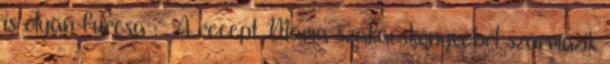
is olyan furcsa :- A recept Mama szakácskönyvéből származik